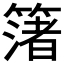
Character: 𮆑